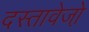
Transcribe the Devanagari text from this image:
दस्तावेजो़